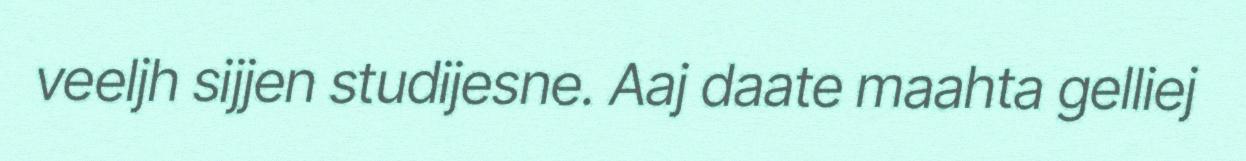
veeljh sijjen studijesne. Aaj daate maahta gelliej